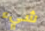
شيء